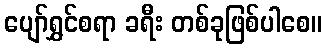
ပျော်ရွှင်စရာ ခရီး တစ်ခုဖြစ်ပါစေ။